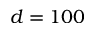
d = 1 0 0